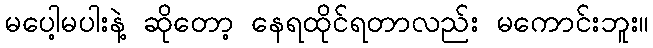
မပေါ့မပါးနဲ့ ဆိုတော့ နေရထိုင်ရတာလည်း မကောင်းဘူး။